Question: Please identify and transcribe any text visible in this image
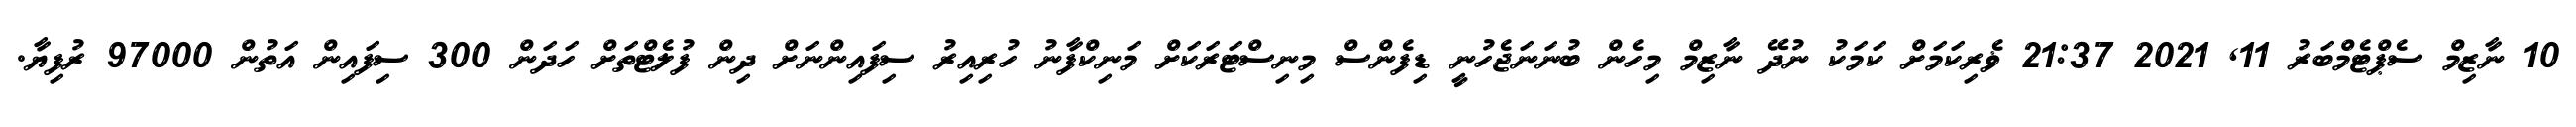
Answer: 10 ނާޒިމް ސެޕްޓެމްބަރު 11, 2021 21:37 ޥެރިކަމަށް ކަމަކު ނުދޭ ނާޒިމް މިހެން ބުނަނަޖެހުނީ ޑިފެންސް މިނިސްޓަރަކަށް މަނިކްފާނު ހުރިއިރު ސިފައިންނަށް ދިން ފުލެޓްތަށް ހަދަން 300 ސިފައިން އަތުން 97000 ރުފިޔާ.